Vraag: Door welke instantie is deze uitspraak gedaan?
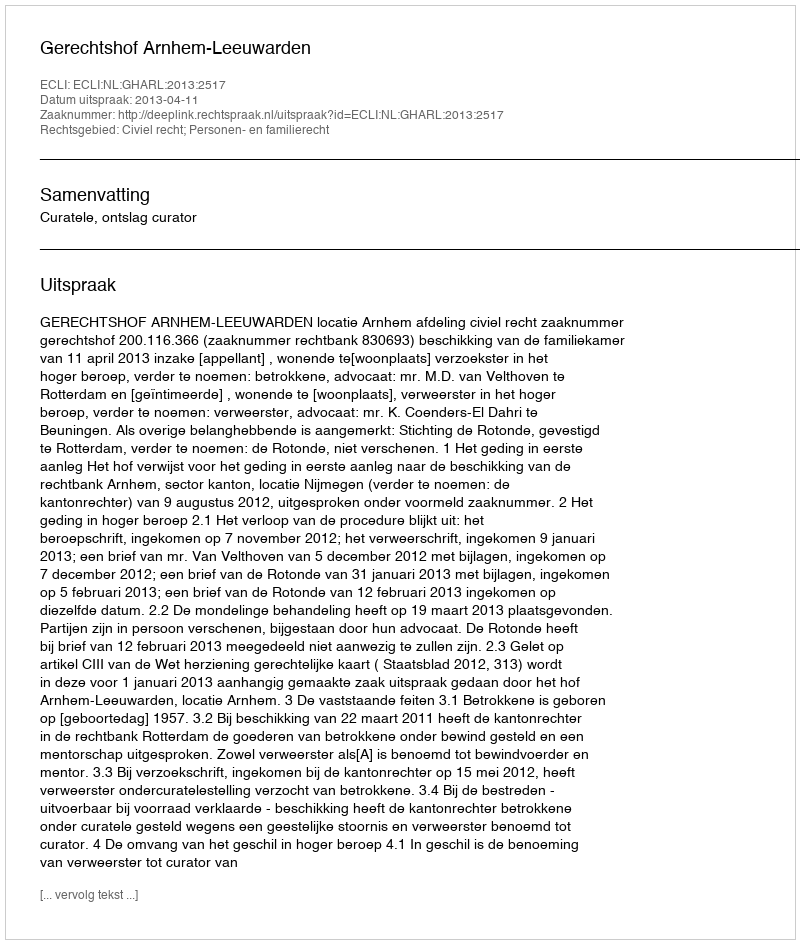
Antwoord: Gerechtshof Arnhem-Leeuwarden